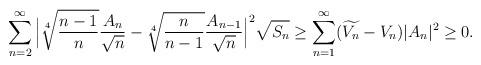
LaTeX: \begin{align*}{}\displaystyle\sum_{n=2}^{\infty}\Big|\sqrt[4]{\frac{n-1}{n}}\frac{A_n}{\sqrt n}-\sqrt[4]{\frac{n}{n-1}}\frac{A_{n-1}}{{\sqrt n}}\Big|^{2}\sqrt{S_n} &\geq \displaystyle\sum_{n=1}^{\infty}(\widetilde{V_{n}}-V_{n})|A_{n}|^{2} \geq 0.\end{align*}